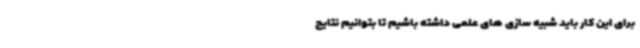
برای این کار باید شبیه سازی های علمی داشته باشیم تا بتوانیم نتایج